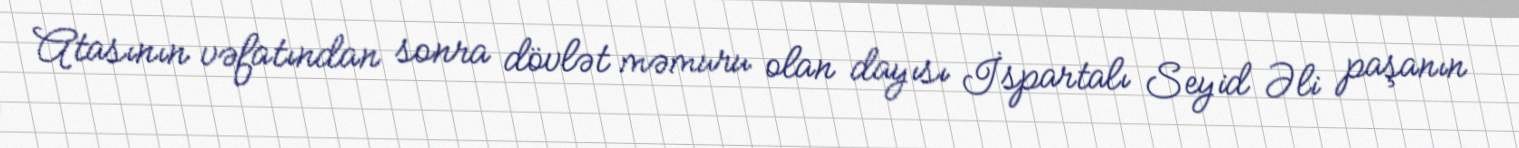
Atasının vəfatından sonra dövlət məmuru olan dayısı İspartalı Seyid Əli paşanın